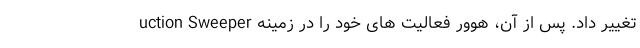
uction Sweeper تغییر داد. پس از آن، هوور فعالیت های خود را در زمینه